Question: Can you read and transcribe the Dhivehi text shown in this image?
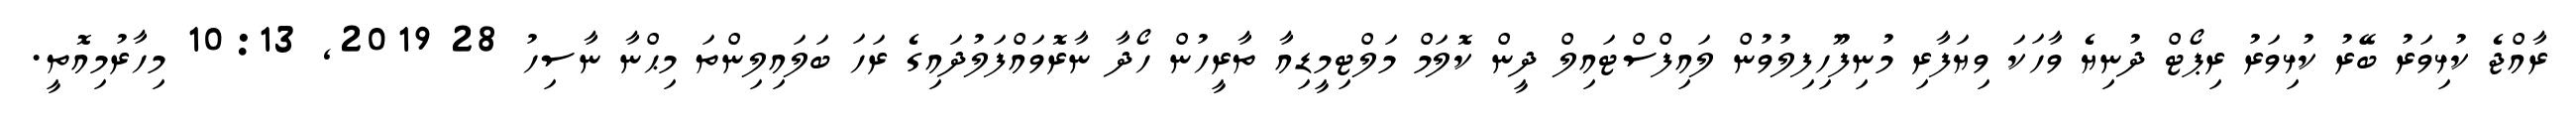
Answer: ރާއްޖެ ކުޅިވަރު ބޭރު ކުޅިވަރު ރިޕޯޓް ދުނިޔެ ވާހަކަ ވިޔަފާރި މުނިފޫހިފިލުވުން ލައިފްސްޓައިލް ދީން ކޮލަމް މަލްޓިމީޑިއާ ތާރީހުން ހޯދާ ނާރޮވައްފަލުދައިގެ ރަހަ ބަލައިލިންތަ މިޙްނާ ނާސިހު 28 2019, 10:13 މިހާރުމިއޮތީ.